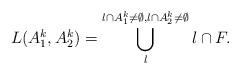
LaTeX: \begin{align*}L(A^{k}_1,A^{k}_2)=\bigcup^{l\cap A^k_1\neq\emptyset,l\cap A^k_2\neq\emptyset}_{l }l\cap F.\end{align*}